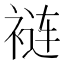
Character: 裢